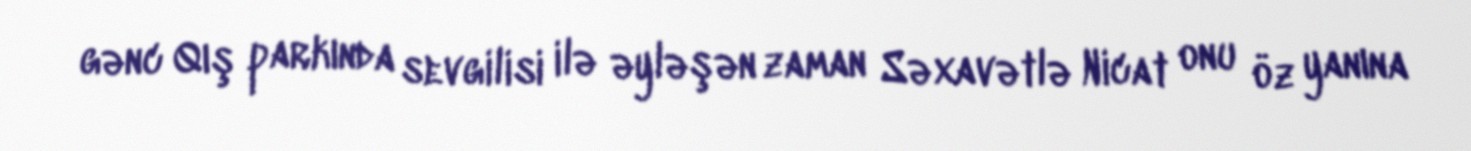
gənc Qış parkında sevgilisi ilə əyləşən zaman Səxavətlə Nicat onu öz yanına